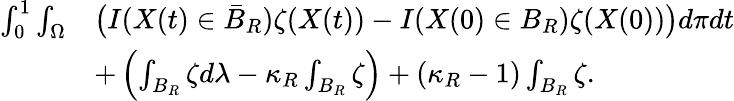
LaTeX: \begin{array}{rl}{\int_{0}^{1}\int_{\Omega}}&{\big(I(X(t)\in\bar{B}_{R})\zeta(X(t))-I(X(0)\in B_{R})\zeta(X(0))\big)d\pi dt}\\ &{+\left(\int_{B_{R}}\zeta d\lambda-\kappa_{R}\int_{B_{R}}\zeta\right)+(\kappa_{R}-1)\int_{B_{R}}\zeta.}\end{array}